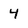
Character: 4